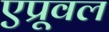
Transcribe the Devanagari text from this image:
एप्रूवल